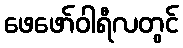
ဖေဖော်ဝါရီလတွင်